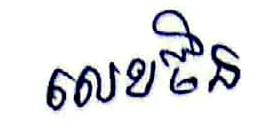
លេខចិន